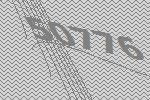
50776